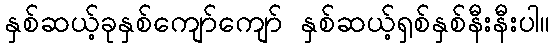
နှစ်ဆယ့်ခုနှစ်ကျော်ကျော် နှစ်ဆယ့်ရှစ်နှစ်နီးနီးပါ။